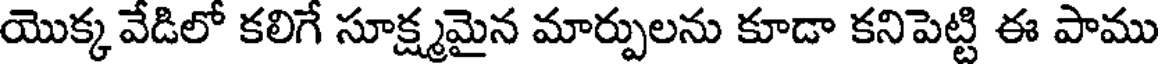
యొక్క వేడిలో కలిగే సూక్ష్మమైన మార్పులను కూడా కనిపెట్టి ఈ పాము